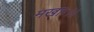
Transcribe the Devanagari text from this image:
मखाः।।